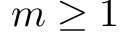
m \geq 1